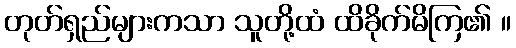
တုတ်ရှည်များကသာ သူတို့ထံ ထိခိုက်မိကြ၏ ။